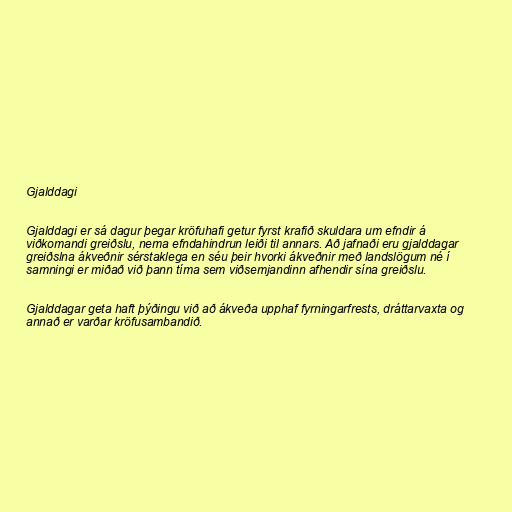
Gjalddagi

Gjalddagi er sá dagur þegar kröfuhafi getur fyrst krafið skuldara um efndir á
viðkomandi greiðslu, nema efndahindrun leiði til annars. Að jafnaði eru gjalddagar
greiðslna ákveðnir sérstaklega en séu þeir hvorki ákveðnir með landslögum né í
samningi er miðað við þann tíma sem viðsemjandinn afhendir sína greiðslu.

Gjalddagar geta haft þýðingu við að ákveða upphaf fyrningarfrests, dráttarvaxta og
annað er varðar kröfusambandið.